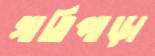
গাতিপাড়া